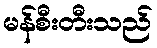
မန်စီးတီးသည်